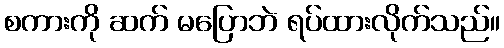
စကားကို ဆက် မပြောဘဲ ရပ်ထားလိုက်သည်။